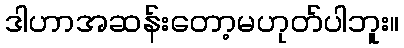
ဒါဟာအဆန်းတော့မဟုတ်ပါဘူး။